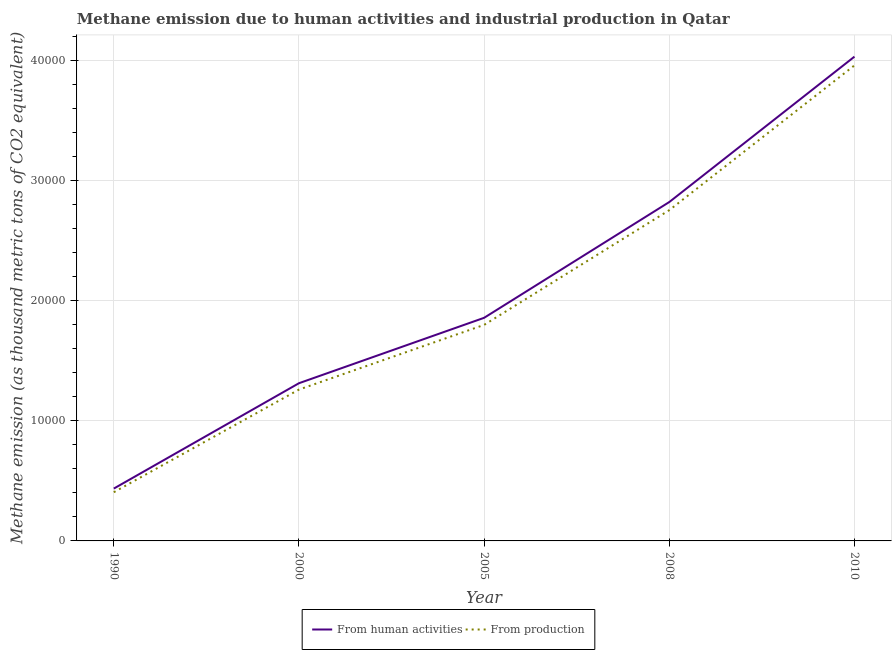
| Year | From human activities | From production |
 | --- | --- | --- |
 | 1990 | 4.36e+03 | 4.06e+03 |
 | 2000 | 1.31e+04 | 1.26e+04 |
 | 2005 | 1.86e+04 | 1.8e+04 |
 | 2008 | 2.82e+04 | 2.75e+04 |
 | 2010 | 4.03e+04 | 3.96e+04 |